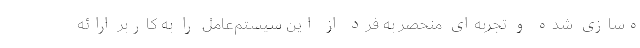
ه‌سازی شده و تجربه‌ای منحصر به فرد از این سیستم‌عامل را به کاربر ارائه